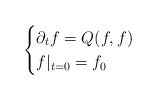
\begin{align*}\begin{cases}\partial_t f = Q(f,f) & \\f|_{t=0} = f_0 &\end{cases}\end{align*}